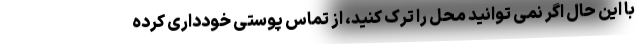
با این حال اگر نمی توانید محل را ترک کنید، از تماس پوستی خودداری کرده